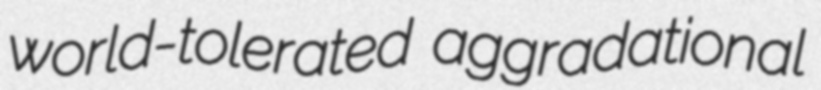
world-tolerated aggradational